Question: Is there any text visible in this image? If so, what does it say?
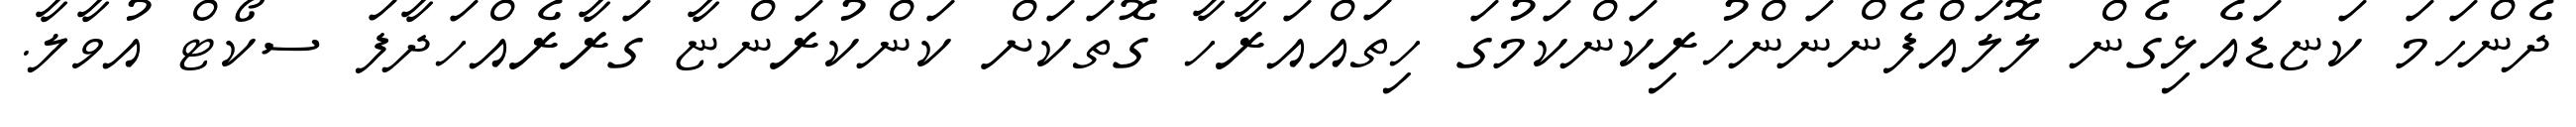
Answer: ދެންހަމަ ކަޏޑައެޅިގެން ލޮލައްފެންނަންހުރިކަންކަމުގަ ހިތައްއަރާހާ ގޮތަކަށް ކަންކުރަންޏާ ގަރާރެއްހަދާފަ ސކޯޓް އުވާލާ.